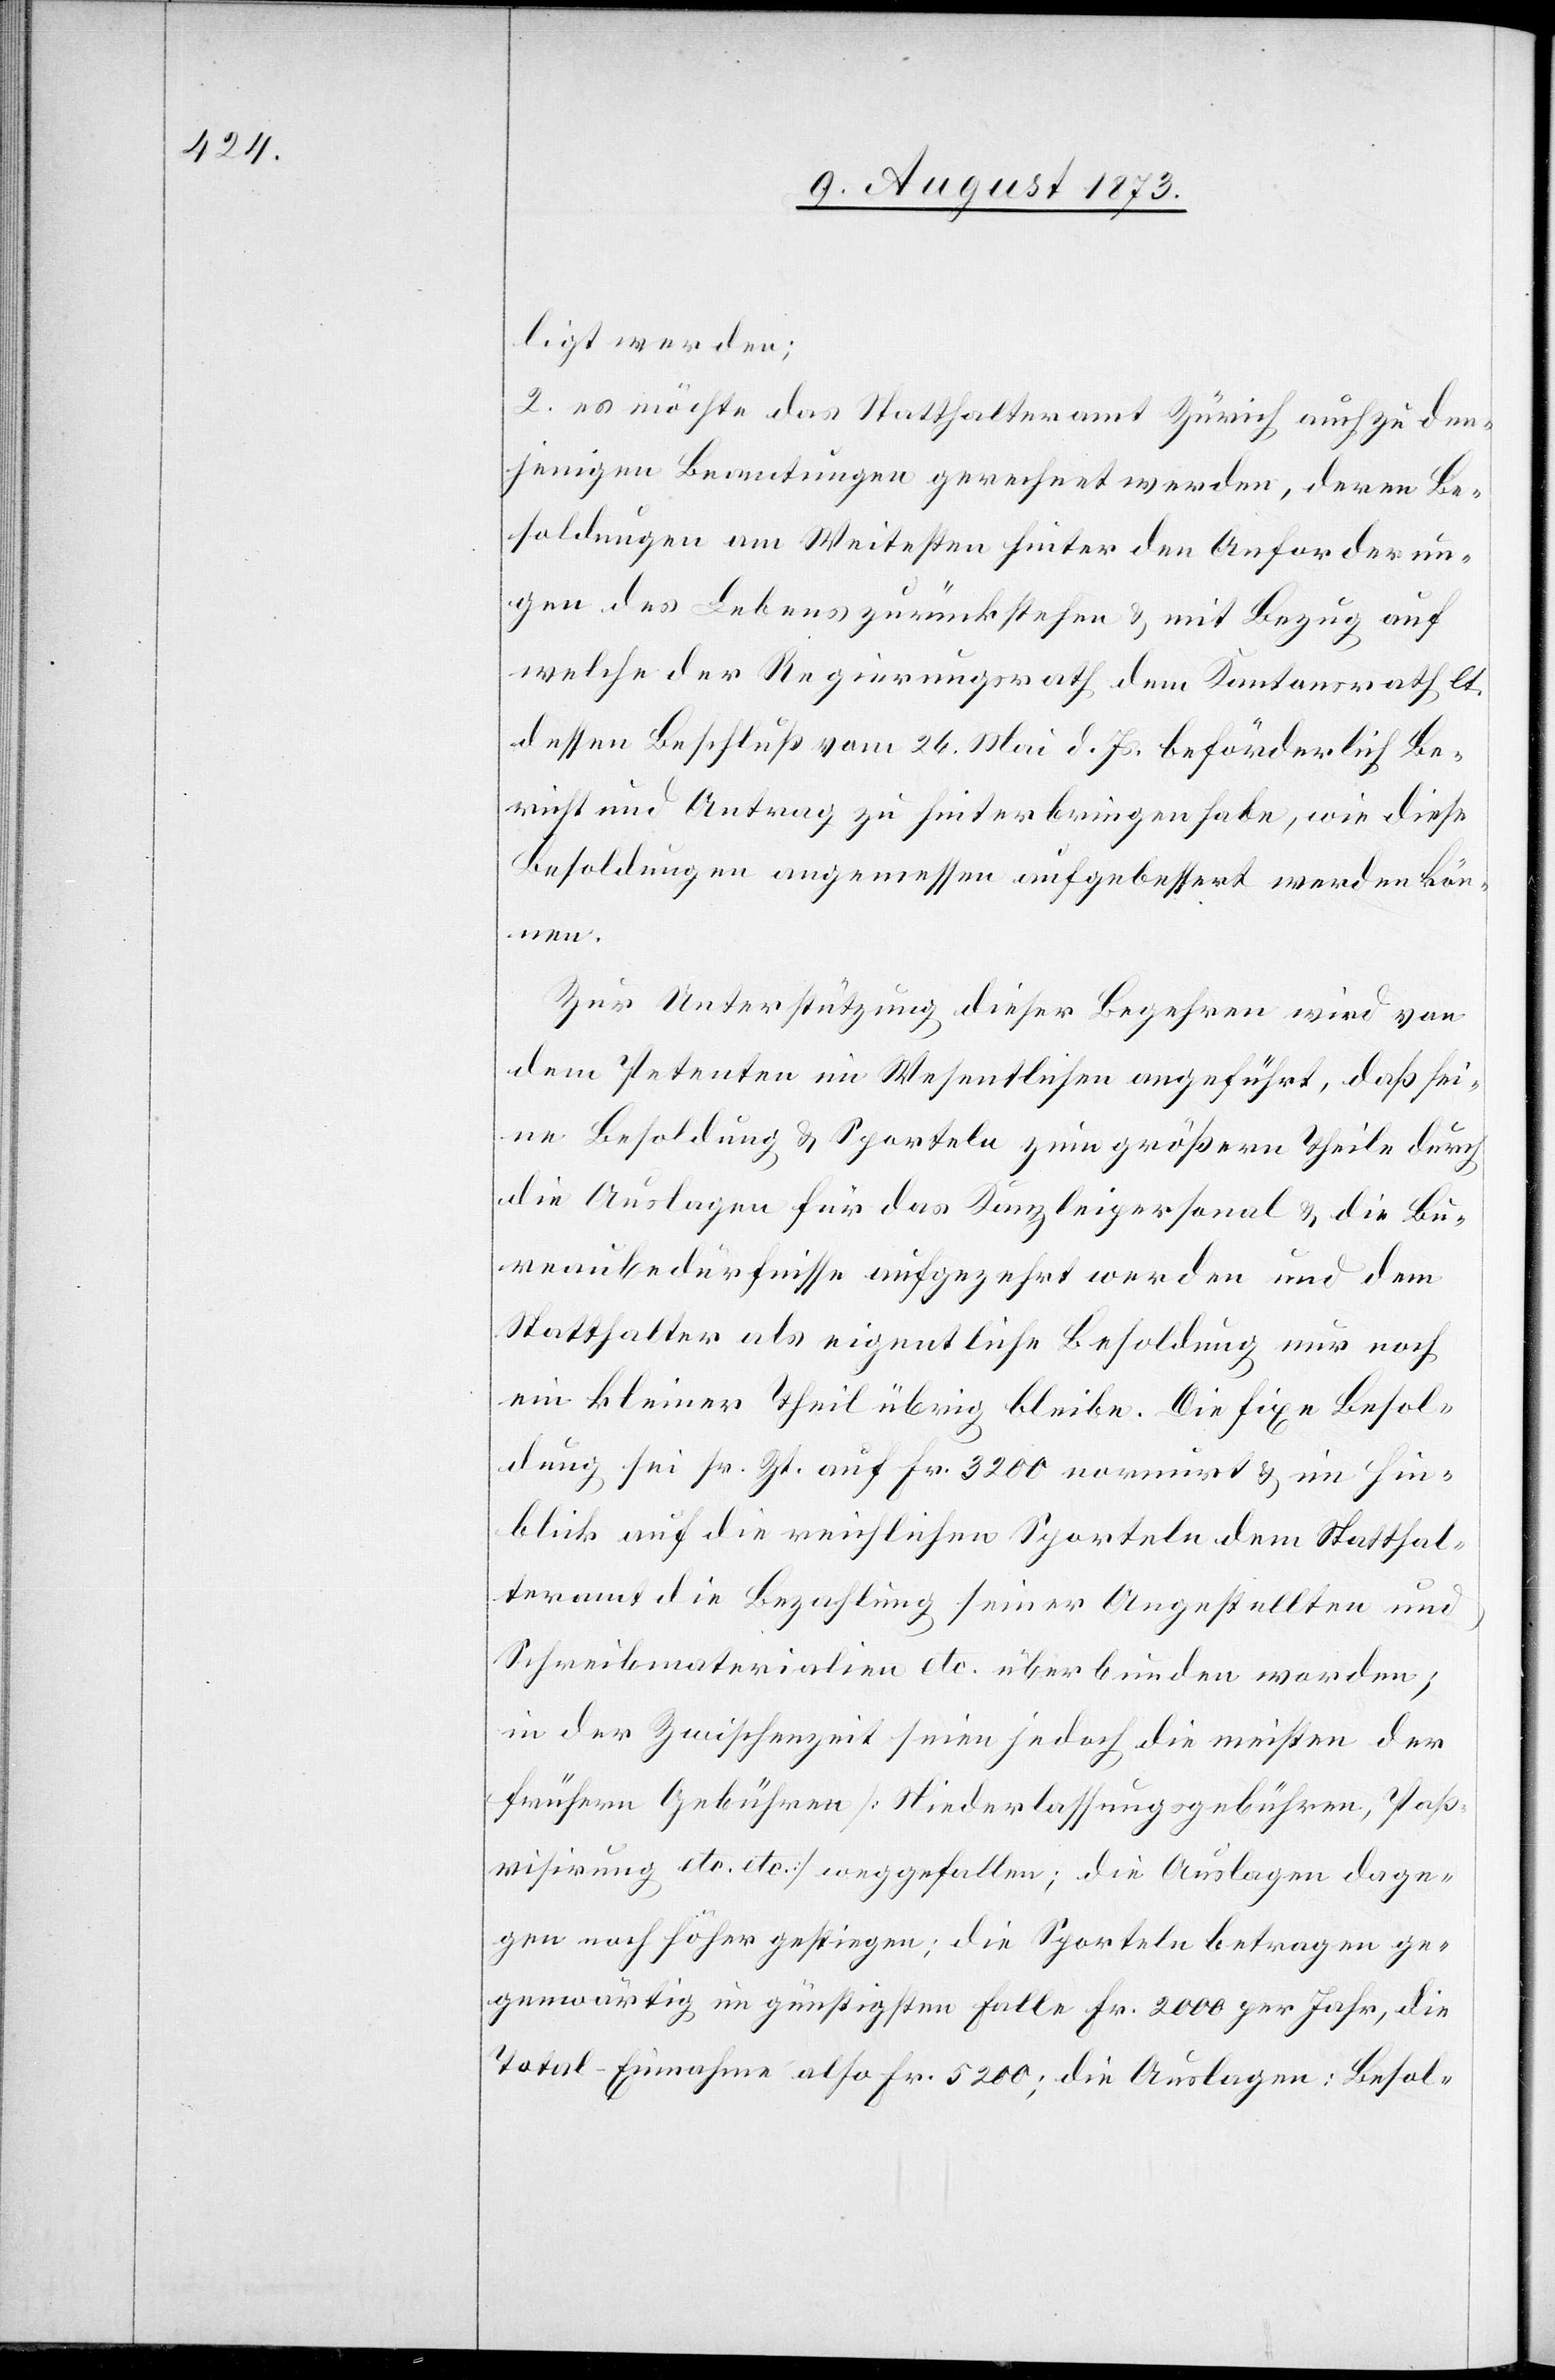
ligt werden;
2. es möchte das Statthalteramt Zürich auch zu den¬
jenigen Beamtungen gerechnet werden, deren Be¬
soldungen am Weitesten hinter den Anforderun¬
gen des Lebens zurückstehen & mit Bezug auf
welche der Regierungsrath dem Kantonsrath lt.
dessen Beschluß vom 26. Mai d. Js. beförderlich Be¬
richt und Antrag zu hinterbringen habe, wie diese
Besoldungen angemessen aufgebessert werden kön¬
nen.
Zur Unterstützung dieser Begehren wird von
dem Petenten im Wesentlichen angeführt, daß sei¬
ne Besoldung & Sporteln zum größern Theile durch
die Auslagen für das Kanzleipersonal & die Bu¬
reaubedürfnisse aufgezehrt werden und dem
Statthalter als eigentliche Besoldung nur noch
ein kleiner Theil übrig bleibe. Die fixe Besol¬
dung sei sr. Zt. auf Fr. 3 200 normirt & im Hin¬
blick auf die reichlichen Sporteln dem Statthal¬
teramt die Bezahlung seiner Angestellten und
Schreibmaterialien etc. überbunden worden;
in der Zwischenzeit seien jedoch die meisten der
frühern Gebühren [Niederlassungsgebühren, Paß¬
visirung etc. etc.] weggefallen; die Auslagen dage¬
gen noch höher gestiegen; die Sporteln betragen ge¬
genwärtig im günstigsten Falle Fr. 2 000 per Jahr, die
Total-Einnahme also Fr. 5 200; die Auslagen: Besol-